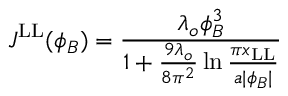
J ^ { \mathrm { L L } } ( \phi _ { B } ) = { \frac { \lambda _ { o } \phi _ { B } ^ { 3 } } { 1 + { \frac { 9 \lambda _ { o } } { 8 \pi ^ { 2 } } } \ln { \frac { \pi x _ { \mathrm { L L } } } { a | \phi _ { B } | } } } }